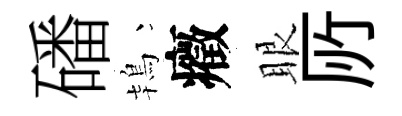
磻鴇癥眼𠩄